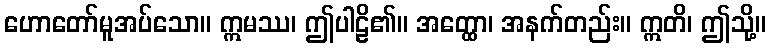
ဟောတော်မူအပ်သော။ ဣမဿ၊ ဤပါဠိ၏။ အတ္ထော၊ အနက်တည်း။ ဣတိ၊ ဤသို့။